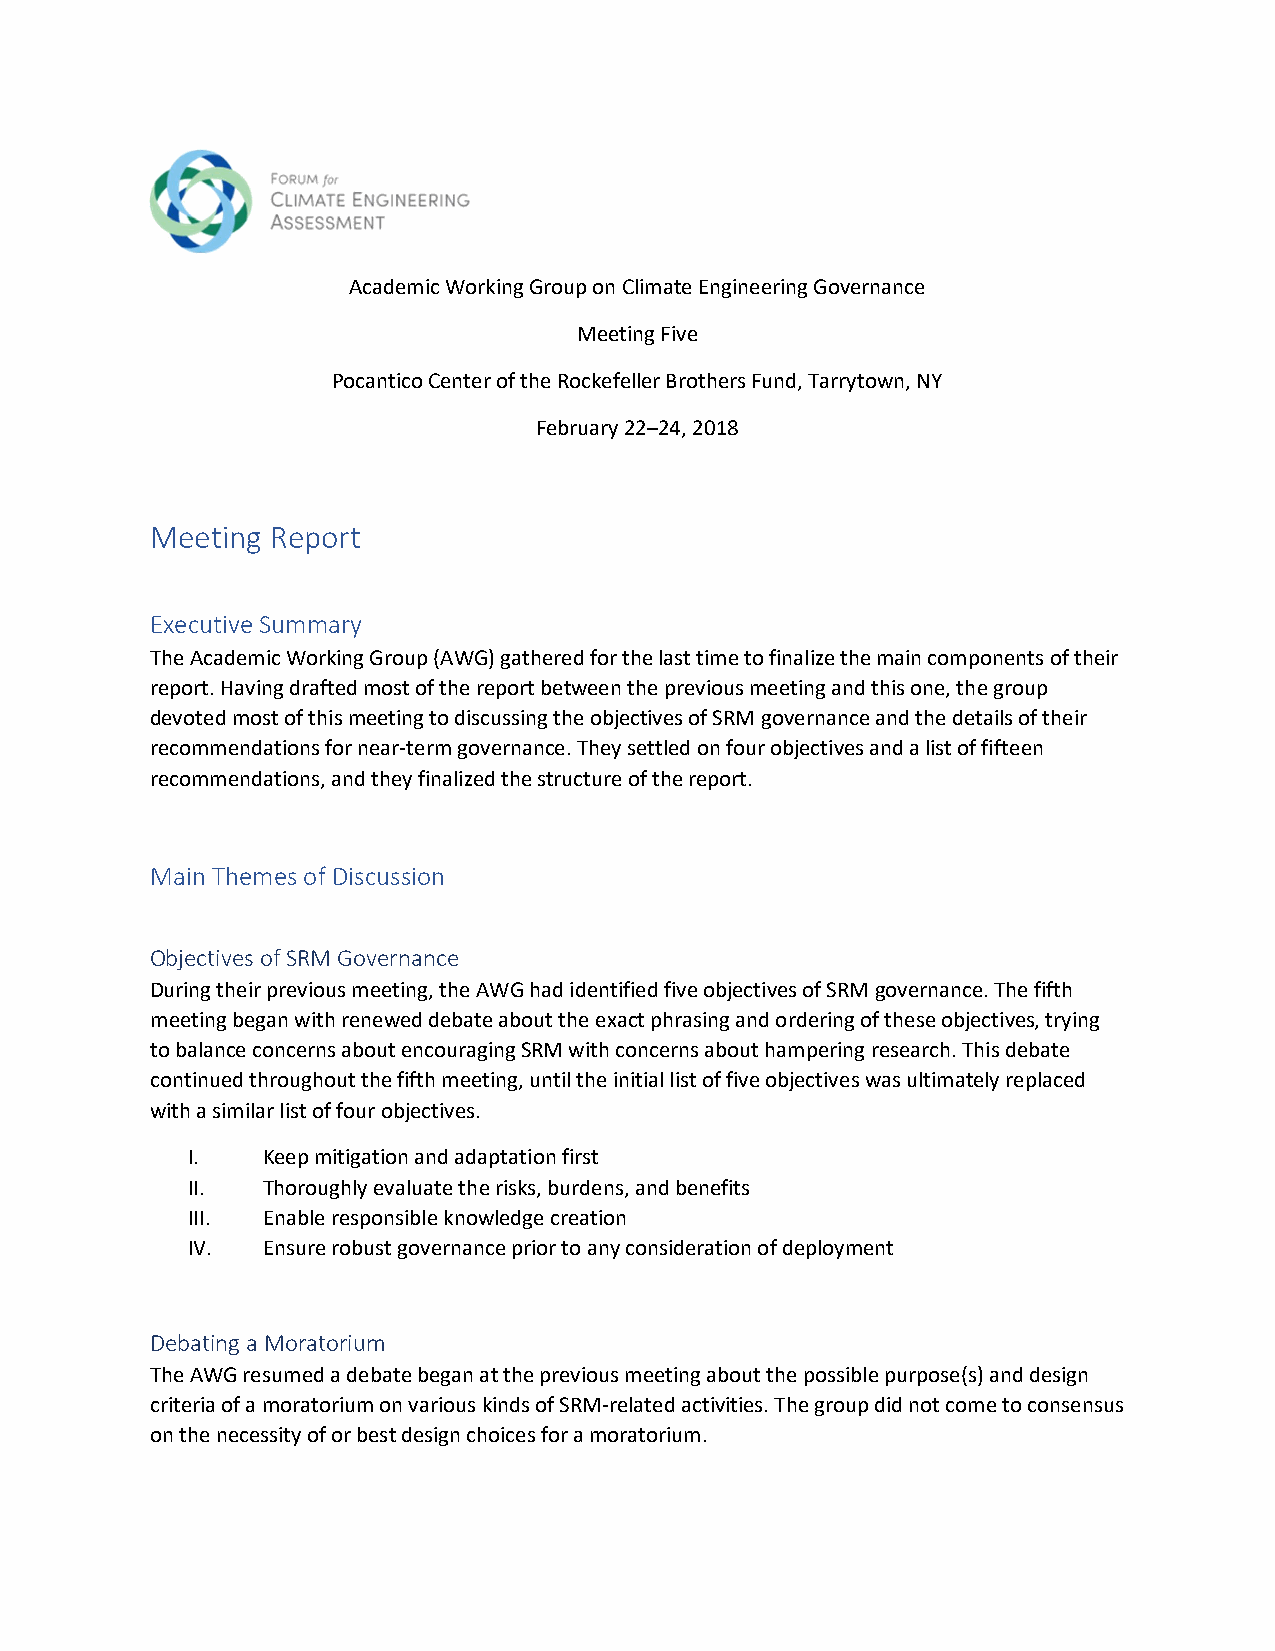
Academic Working Group on Climate Engineering Governance
 Meeting Five
 Pocantico Center of the Rockefeller Brothers Fund, Tarrytown, NY
 February 22–24, 2018
 Meeting Report
 Executive Summary
 The Academic Working Group (AWG) gathered for the last time to finalize the main components of their
 report. Having drafted most of the report between the previous meeting and this one, the group
 devoted most of this meeting to discussing the objectives of SRM governance and the details of their
 recommendations for near-term governance. They settled on four objectives and a list of fifteen
 recommendations, and they finalized the structure of the report.
 Main Themes of Discussion
 Objectives of SRM Governance
 During their previous meeting, the AWG had identified five objectives of SRM governance. The fifth
 meeting began with renewed debate about the exact phrasing and ordering of these objectives, trying
 to balance concerns about encouraging SRM with concerns about hampering research. This debate
 continued throughout the fifth meeting, until the initial list of five objectives was ultimately replaced
 with a similar list of four objectives.
 I.   Keep mitigation and adaptation first
 II.  Thoroughly evaluate the risks, burdens, and benefits
 III. Enable responsible knowledge creation
 IV.  Ensure robust governance prior to any consideration of deployment
 Debating a Moratorium
 The AWG resumed a debate began at the previous meeting about the possible purpose(s) and design
 criteria of a moratorium on various kinds of SRM-related activities. The group did not come to consensus
 on the necessity of or best design choices for a moratorium.